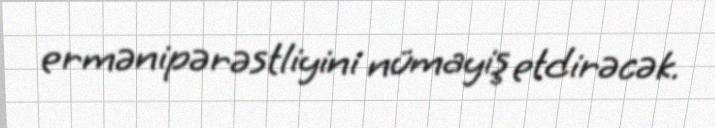
ermənipərəstliyini nümayiş etdirəcək.